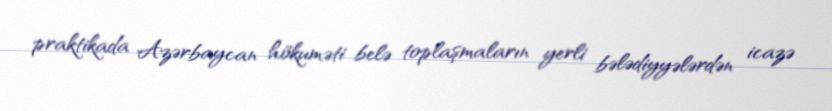
praktikada Azərbaycan hökuməti belə toplaşmaların yerli bələdiyyələrdən icazə